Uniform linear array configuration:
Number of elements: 4
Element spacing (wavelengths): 0.25
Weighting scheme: cosine
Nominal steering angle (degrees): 15
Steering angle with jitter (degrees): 13.791
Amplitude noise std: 0.05
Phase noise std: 0.05

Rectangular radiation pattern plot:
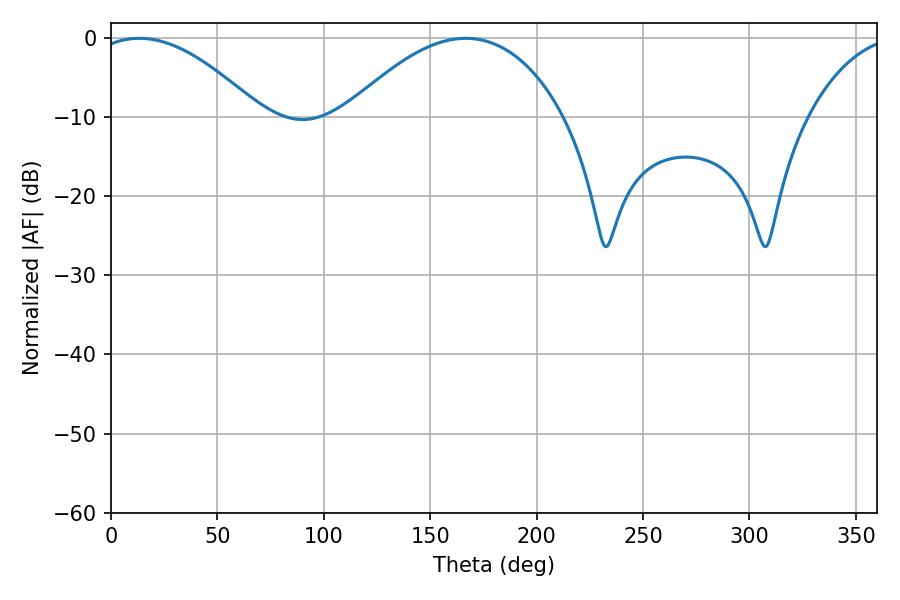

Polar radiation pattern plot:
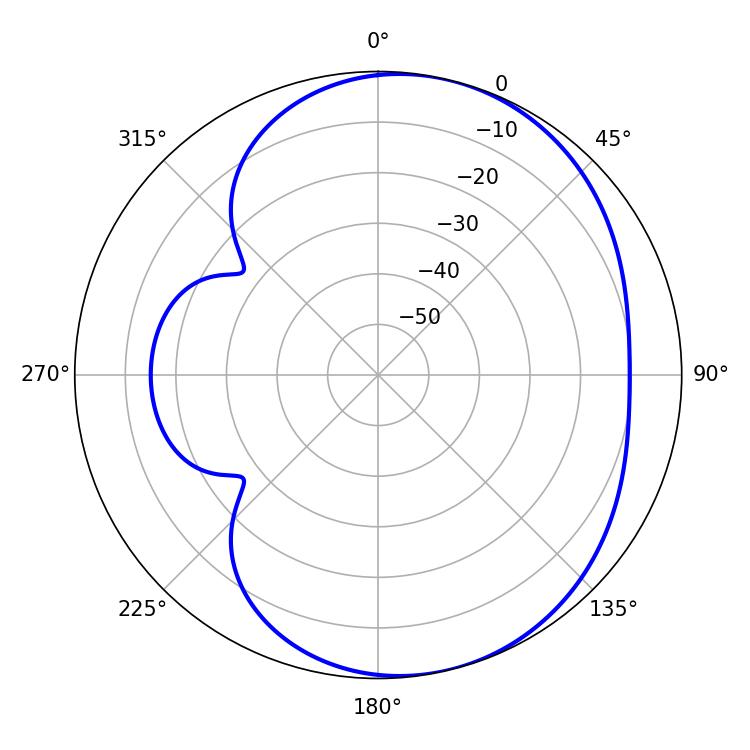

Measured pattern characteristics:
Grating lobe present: FALSE
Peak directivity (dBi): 5.301
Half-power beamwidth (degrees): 43.74
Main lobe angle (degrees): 13.32